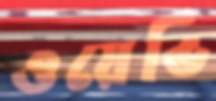
ওয়েভি